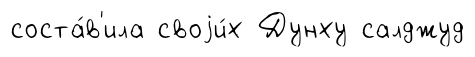
соста́в'ила своjи́х Дунху салджуд